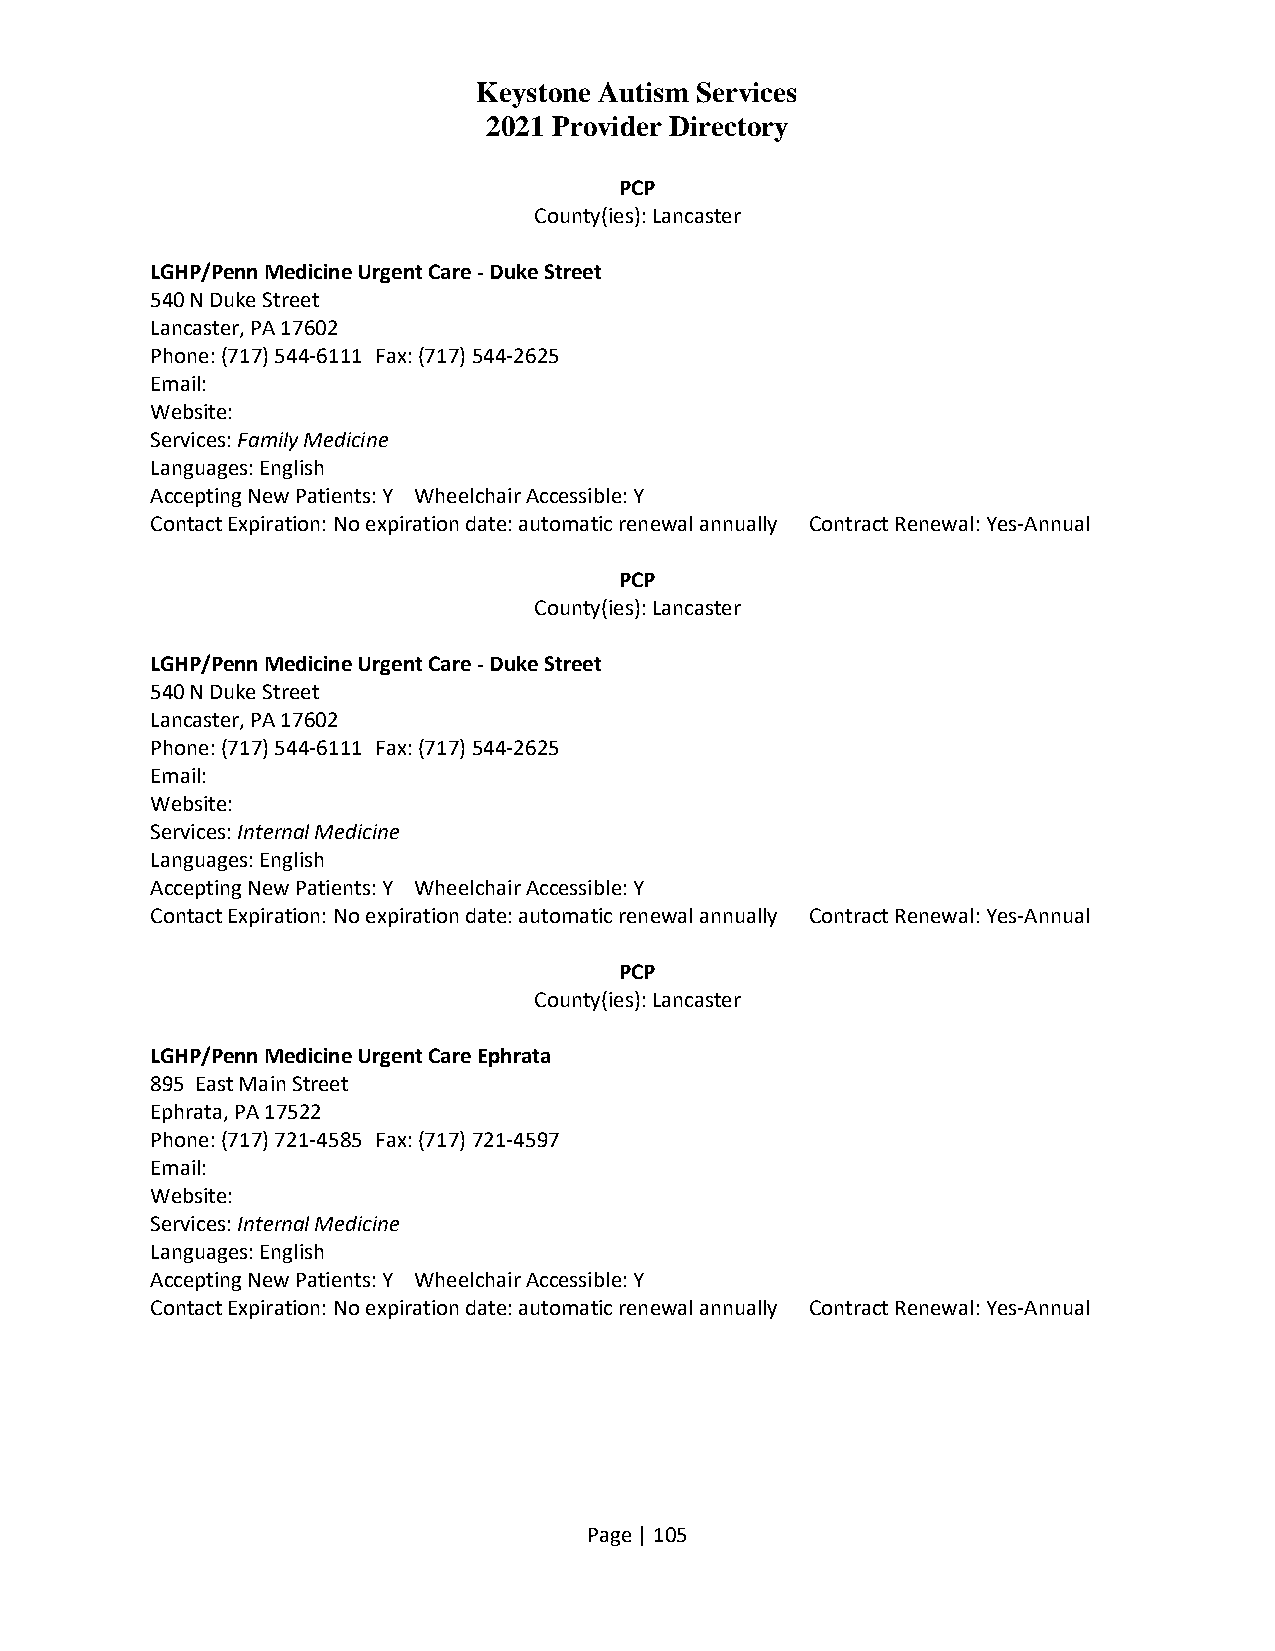
Keystone Autism Services
 2021 Provider Directory
 PCP
 County(ies): Lancaster
 LGHP/Penn Medicine Urgent Care - Duke Street
 540 N Duke Street
 Lancaster, PA 17602
 Phone: (717) 544-6111 Fax: (717) 544-2625
 Email:
 Website:
 Services: Family Medicine
 Languages: English
 Accepting New Patients: Y Wheelchair Accessible: Y
 Contact Expiration: No expiration date: automatic renewal annually Contract Renewal: Yes-Annual
 PCP
 County(ies): Lancaster
 LGHP/Penn Medicine Urgent Care - Duke Street
 540 N Duke Street
 Lancaster, PA 17602
 Phone: (717) 544-6111 Fax: (717) 544-2625
 Email:
 Website:
 Services: Internal Medicine
 Languages: English
 Accepting New Patients: Y Wheelchair Accessible: Y
 Contact Expiration: No expiration date: automatic renewal annually Contract Renewal: Yes-Annual
 PCP
 County(ies): Lancaster
 LGHP/Penn Medicine Urgent Care Ephrata
 895 East Main Street
 Ephrata, PA 17522
 Phone: (717) 721-4585 Fax: (717) 721-4597
 Email:
 Website:
 Services: Internal Medicine
 Languages: English
 Accepting New Patients: Y Wheelchair Accessible: Y
 Contact Expiration: No expiration date: automatic renewal annually Contract Renewal: Yes-Annual
 Page | 105